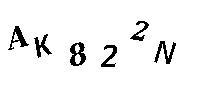
AK822N